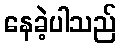
နေခဲ့ပါသည်